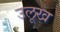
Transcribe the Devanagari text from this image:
उलूख